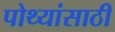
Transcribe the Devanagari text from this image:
पोथ्यांसाठी